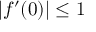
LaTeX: | f ^ { \prime } ( 0 ) | \leq 1